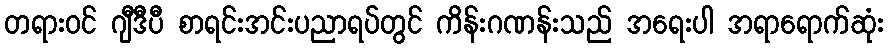
တရားဝင် ဂျီဒီပီ စာရင်းအင်းပညာရပ်တွင် ကိန်းဂဏန်းသည် အရေးပါ အရာရောက်ဆုံး